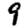
Digit: 9